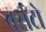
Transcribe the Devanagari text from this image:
बर्सटो